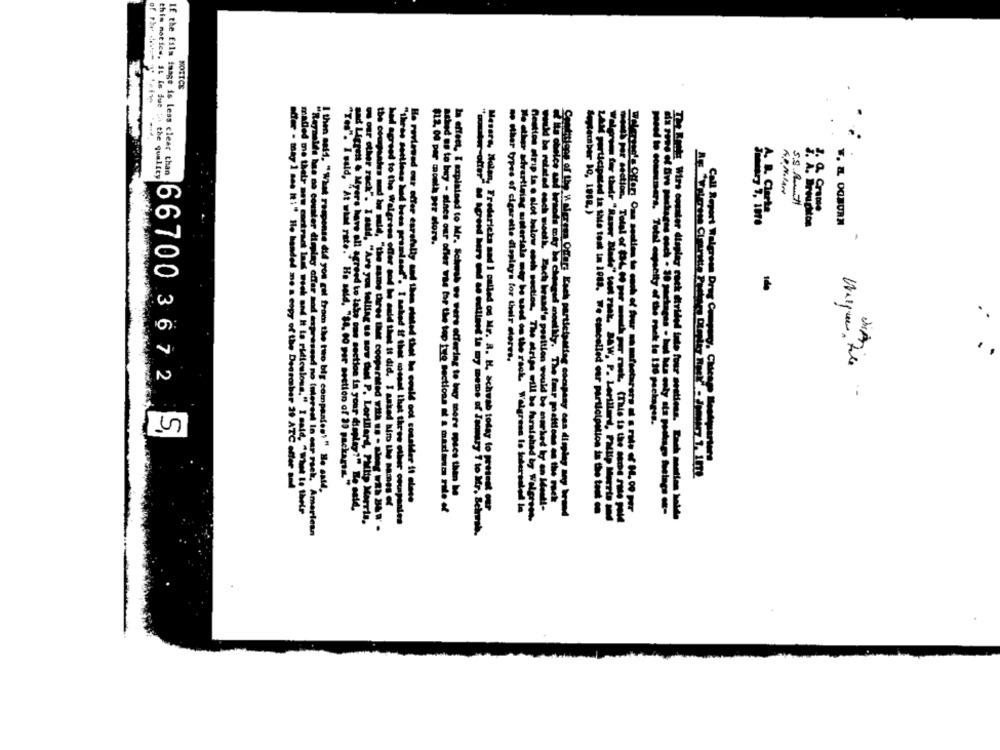
NOTICE
d.
If the fils image is less clear than
this moties, It Is due in the quality
SS R .-
$12, 00 per month per store.
no other types of cigarette dlaplays for their dleres,
66700 3672
Aripe will
itien would t
.-
Gestion strip la o slot below coch section, The stripe will be fun
posed to consumers. Total capacity of the rack la 130 packages.
Call Report Walgreen Drug Company, Clucapo Bloodquarters
"Tes". I sald, "At what rate."He said, "14. 00 pur section of 33 packars."
offer - may 1 mas It:" Ho bonded me a copy of the Degrober 29 ATC offer and
I then said, "What response did you get from the two big companies!" He said,
la effect, I explained to Mr. Schush us vers offering to buy more space then he
furnished by Wiler
caction in your display?" Re cet
thet he could not consider it slese
He reviewed our offer carefully and then stated that he could not consider it slese
Tering to buy more specs the be
Mesare, Nolan, Fredericka nad I called os Mr. A. H. schwab today to pousses
malled me their new contract lad woch and It to ridiculous," I said, "what le their
sad Ligrett & Myers have all agreed to take ome section in your display?" Re estd.
that it did. I asked hito the names of
had agreed to the Walgress offer and his auld that it did. I asked hito the names of
lep tug sectiona at a maximum Pile of
ashed os to bey - sincs our offer was bor the top turg sections of a maxima rate of
Ne other advertising osteriala may be used on the rack. Welgress fo oterseted In
----------
"Reynolds has no counter display offer nod expressed no Interest In our rack, Amerie
r other rack". I said, "Are you falling us sow fuel P. Lorillard, Philip Morris,
the coupsales d be said, "the same three "Met cooperated 23 .; - sheng #23 34 '
"thres settlese hud beas promised". I saked if thet moget that three other oncepantes
Potter as agreed here and se extiland in my meme of Jannary ? to Mer. Selve
rack. Walgress to toleratedie
AM participated in this tost in 1013. We cancelled our participation in the test on
Wulorom for their "Razer Blade" toot rask. SAW, P. Lerilland, Fautp Morto Med
The Rundt Wira counter display cock divided into four sostions. Emotion hole
me) per section. Total of (-4H por -hp nek is to the Mot Site PM
pressed no Interest lo car rack, American